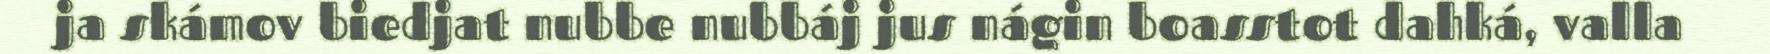
ja skámov biedjat nubbe nubbáj jus nágin boasstot dahká, valla